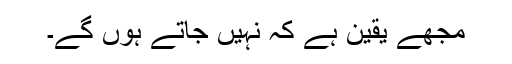
مجھے یقین ہے کہ نہیں جاتے ہوں گے۔